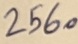
Text: 2560